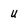
Character: u